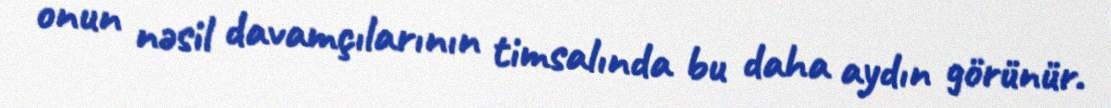
onun nəsil davamçılarının timsalında bu daha aydın görünür.